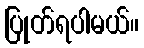
ပြုတ်ရပါမယ်။